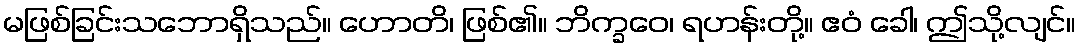
မဖြစ်ခြင်းသဘောရှိသည်။ ဟောတိ၊ ဖြစ်၏။ ဘိက္ခဝေ၊ ရဟန်းတို့။ ဧဝံ ခေါ၊ ဤသို့လျင်။